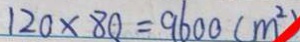
1 2 0 \times 8 0 = 9 6 0 0 ( m ^ { 2 } )